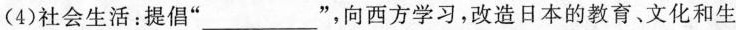
(4)社会生活：提倡”___”，向西方学习，改造日本的教育、文化和生